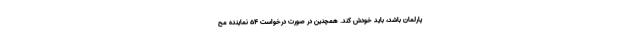
پارلمان باشد، باید خودش کند. همچنین در صورت درخواست ۵۴ نماینده مح